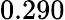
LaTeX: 0.290